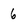
Character: 6